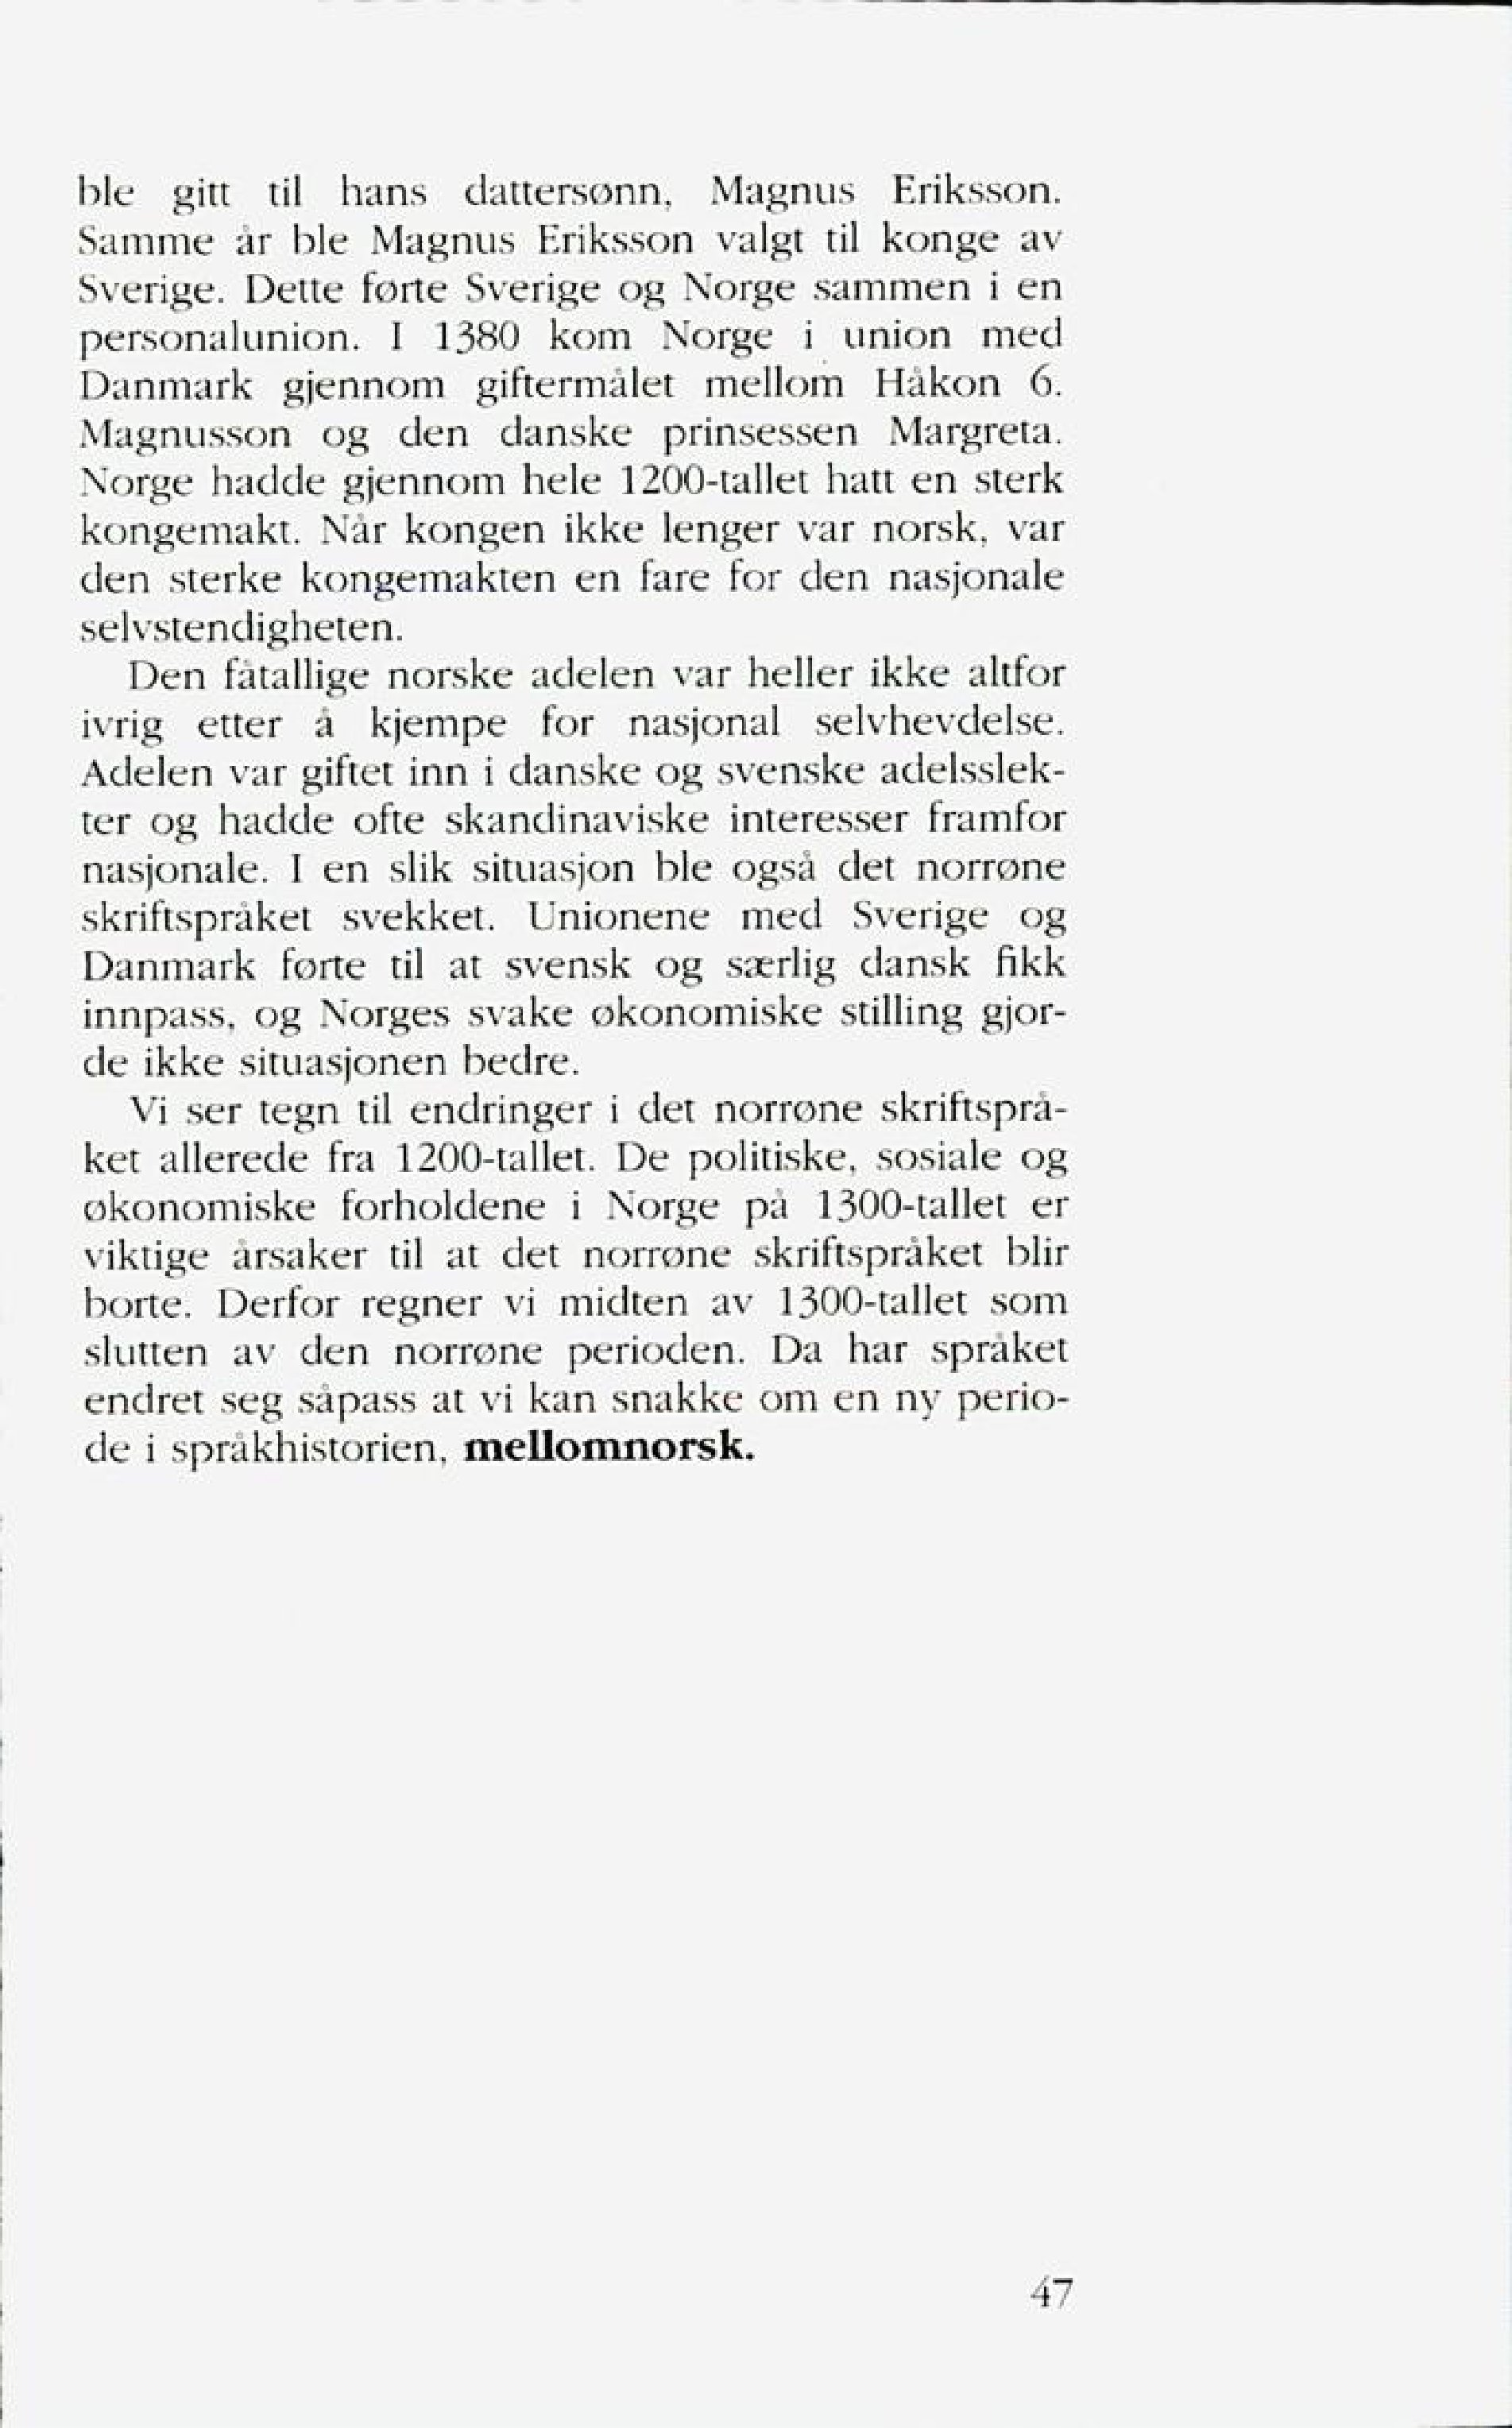
Language: no